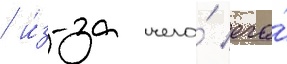
/ и́з-за чего́ его́